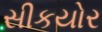
સીકયોર